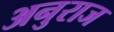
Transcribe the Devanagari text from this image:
अनुराज